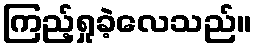
ကြည့်ရှုခဲ့လေသည်။